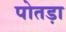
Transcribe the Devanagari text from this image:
पोतड़ा